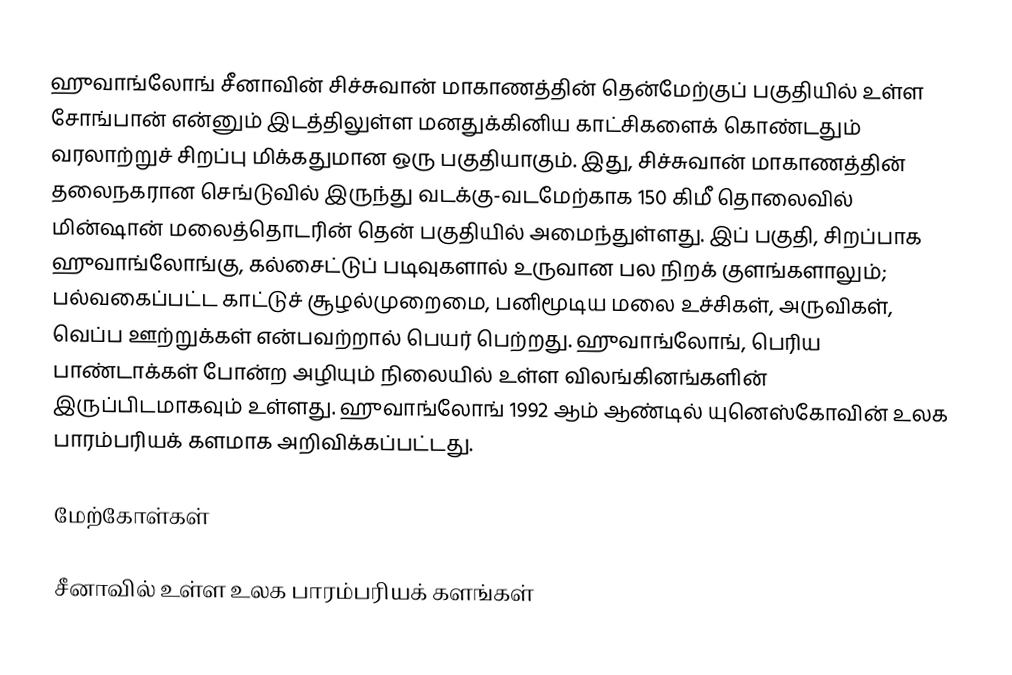
ஹுவாங்லோங் சீனாவின் சிச்சுவான் மாகாணத்தின் தென்மேற்குப் பகுதியில் உள்ள சோங்பான் என்னும் இடத்திலுள்ள மனதுக்கினிய காட்சிகளைக் கொண்டதும் வரலாற்றுச் சிறப்பு மிக்கதுமான ஒரு பகுதியாகும். இது, சிச்சுவான் மாகாணத்தின் தலைநகரான செங்டுவில் இருந்து வடக்கு-வடமேற்காக 150 கிமீ தொலைவில் மின்ஷான் மலைத்தொடரின் தென் பகுதியில் அமைந்துள்ளது. இப் பகுதி, சிறப்பாக ஹுவாங்லோங்கு, கல்சைட்டுப் படிவுகளால் உருவான பல நிறக் குளங்களாலும்; பல்வகைப்பட்ட காட்டுச் சூழல்முறைமை, பனிமூடிய மலை உச்சிகள், அருவிகள், வெப்ப ஊற்றுக்கள் என்பவற்றால் பெயர் பெற்றது. ஹுவாங்லோங், பெரிய பாண்டாக்கள் போன்ற அழியும் நிலையில் உள்ள விலங்கினங்களின் இருப்பிடமாகவும் உள்ளது. ஹுவாங்லோங் 1992 ஆம் ஆண்டில் யுனெஸ்கோவின் உலக பாரம்பரியக் களமாக அறிவிக்கப்பட்டது.

மேற்கோள்கள்

சீனாவில் உள்ள உலக பாரம்பரியக் களங்கள்